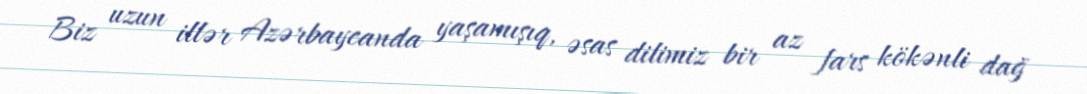
Biz uzun illər Azərbaycanda yaşamışıq, əsas dilimiz bir az fars kökənli dağ